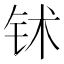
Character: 𬬸